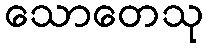
သောတေသု